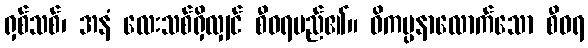
ရှစ်သစ်၊ အနံ လေးသစ်ရှိလျှင် စီဝရမည်၏။ ဝိကပ္ပနာလောက်သော စီဝရ